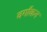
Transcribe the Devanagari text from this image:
वर्गांकन